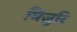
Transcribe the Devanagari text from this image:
मिजुरि